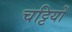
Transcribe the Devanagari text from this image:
चट्टियों